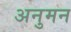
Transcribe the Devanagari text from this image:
अनुमन